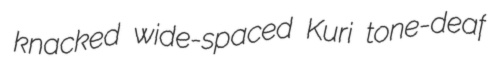
knacked wide-spaced Kuri tone-deaf